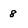
Character: 8